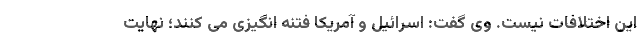
این اختلافات نیست. وی گفت: اسرائیل و آمریکا فتنه انگیزی می کنند؛ نهایت